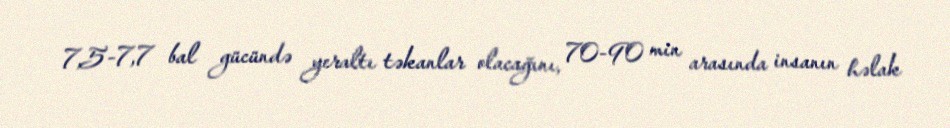
7,5-7,7 bal gücündə yeraltı təkanlar olacağını, 70-90 min arasında insanın həlak